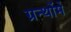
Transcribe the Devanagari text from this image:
ग्रन्थोंमें